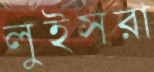
লুইসরা